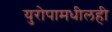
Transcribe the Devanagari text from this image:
युरोपामधीलही